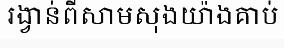
រង្វាន់ពីសាមសុងយ៉ាងគាប់